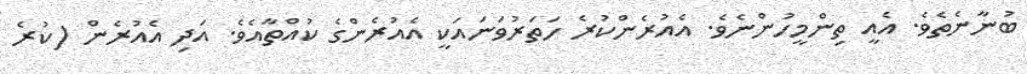
ބުނާނެތެވެ. އެއީ ތިންމީހުންނެވެ. އެއުރެންކުރެ ހަތަރުވަނައަކީ އެއުރެންގެ ކުއްތާއެވެ. އަދި އެއުރެން (ކުރެ